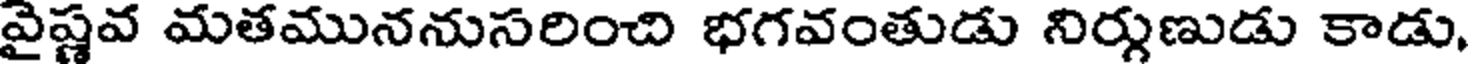
వైష్ణవ మతముననుసరించి భగవంతుడు నిర్గుణుడు కాడు,